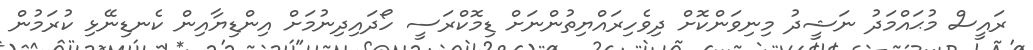
ރައީސް މުޙައްމަދު ނަޝީދު މިނިވަންކޮށް ދިވެހިރައްޔިތުންނަށް ޑިމޮކްރަސީ ހޯދައިދިނުމަށް އިންޑިޔާއިން ކެނޑިނޭޅި ކުރަމުން